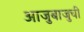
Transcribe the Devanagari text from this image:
आजुबाजुची